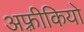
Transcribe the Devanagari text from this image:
अफ़्रीकियो